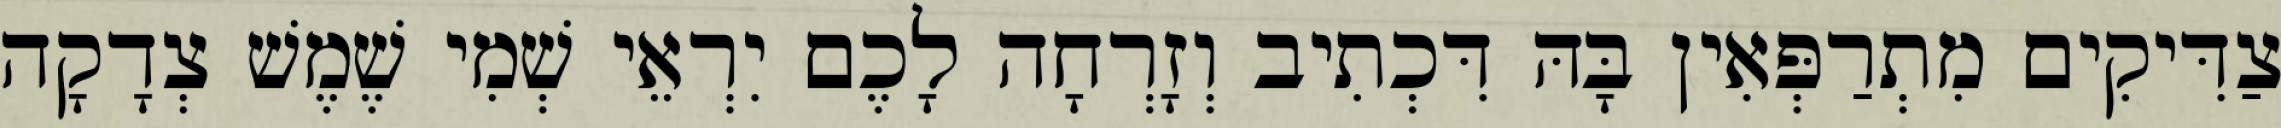
צַדִּיקִים מִתְרַפְּאִין בָּהּ דִּכְתִיב וְזָרְחָה לָכֶם יִרְאֵי שְׁמִי שֶׁמֶשׁ צְדָקָה